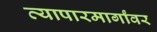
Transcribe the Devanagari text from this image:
व्यापारमार्गांवर